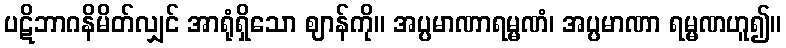
ပဋိဘာဂနိမိတ်လျှင် အာရုံရှိသော ဈာန်ကို။ အပ္ပမာဏာရမ္မဏံ၊ အပ္ပမာဏာ ရမ္မဏဟူ၍။